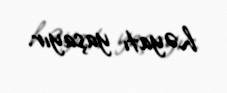
həyatı yaşayır.